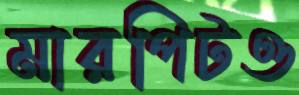
মারপিটও